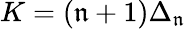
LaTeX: K=(\mathfrak{n}+1)\Delta_{\mathfrak{n}}